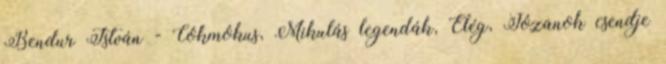
Bendur István - Cókmókus, Mikulás legendák, Elég, Józanok csendje